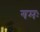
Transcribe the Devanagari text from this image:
गमः